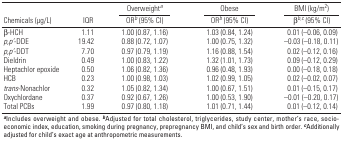
| <ROWSPAN=2> Chemicals (μg/L) | <ROWSPAN=2> IQR | Overweighta | Obese | BMI (kg/m2) |
 | ORb (95% CI) | ORb (95% CI) | βb,c (95% CI) |
 | --- | --- | --- | --- | --- |
 | β-HCH | 1.11 | 1.00 (0.87, 1.16) | 1.03 (0.84, 1.24) | 0.01 (–0.06, 0.09) |
 | p,p’-DDE | 19.42 | 0.88 (0.72, 1.07) | 1.00 (0.75, 1.32) | –0.03 (–0.18, 0.11) |
 | p,p’-DDT | 7.70 | 0.97 (0.79, 1.19) | 1.16 (0.88, 1.54) | 0.02 (–0.12, 0.16) |
 | Dieldrin | 0.49 | 1.00 (0.83, 1.22) | 1.32 (1.01, 1.73) | 0.09 (–0.12, 0.29) |
 | Heptachlor epoxide | 0.50 | 1.06 (0.82, 1.36) | 0.96 (0.48, 1.93) | 0.00 (–0.18, 0.18) |
 | HCB | 0.23 | 1.00 (0.98, 1.03) | 1.02 (0.99, 1.05) | 0.02 (–0.02, 0.07) |
 | trans-Nonachlor | 0.32 | 1.05 (0.82, 1.34) | 1.00 (0.67, 1.51) | 0.01 (–0.15, 0.17) |
 | Oxychlordane | 0.37 | 0.92 (0.67, 1.26) | 1.00 (0.53, 1.90) | –0.01 (–0.20, 0.17) |
 | Total PCBs | 1.99 | 0.97 (0.80, 1.18) | 1.01 (0.71, 1.44) | 0.01 (–0.12, 0.14) |
 | <COLSPAN=5> aIncludes overweight and obese. bAdjusted for total cholesterol, triglycerides, study center, mother’s race, socio­economic index, education, smoking during pregnancy, prepregnancy BMI, and child’s sex and birth order. cAdditionally adjusted for child’s exact age at anthropometric measurements. |